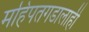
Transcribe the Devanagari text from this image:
महिपतगडालाही